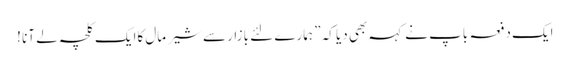
ایک دفعہ باپ نے کہہ بھی دیا کہ ” ہمارے لئے بازار سے شیر مال کاایک کلچہ لے آنا !